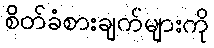
စိတ်ခံစားချက်များကို